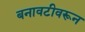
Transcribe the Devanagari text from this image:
बनावटीवरून